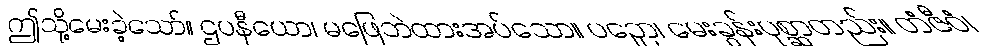
ဤသို့မေးခဲ့သော်။ ဌပနီယော၊ မဖြေဘဲထားအပ်သော။ ပဉှော၊ မေးခွန်းပုစ္ဆာတည်း။ တံဇီဝံ၊